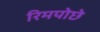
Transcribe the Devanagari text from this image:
रिमपोछे